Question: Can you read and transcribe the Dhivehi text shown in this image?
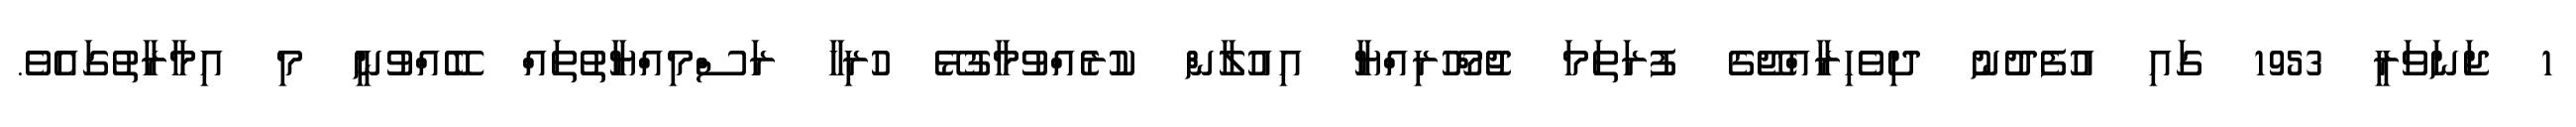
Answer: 1 ޖަނަވަރީ 1953 ގައި އުފެދުނު ދިވެހިރާއްޖޭގެ ފުރަތަމަ ޖުމްހޫރިއްޔާ އިއުލާން ކުރެއްވުމާގުޅޭ ހުރިހާ ރަސްމިއްޔާތުތައް ބޭއްވުނީ މި އިމާރާތުގައެވެ.